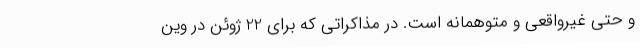
و حتی غیرواقعی و متوهمانه است. در مذاکراتی که برای 22 ژوئن در وین